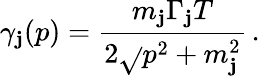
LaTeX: \gamma_{\mathbf{j}}(p)=\frac{{m_{\mathbf{j}}\Gamma_{\mathbf{j}}T}}{{2\sqrt{}{{p^{2}+m_{\mathbf{j}}^{2}}}}}\, .